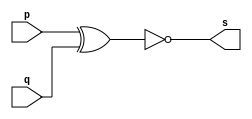
// Exemplo0008 - XNOR
// Nome: Silvino Henrique Santos de Souza
// ------------------------- 
// ------------------------- 
// -- xnor gate 
// ------------------------- 
module xnorgate ( output s, 
input p, q); 
assign s = ~(p ^ q); 
endmodule //x norgate 
// --------------------- 
// -- test xnor gate 
// --------------------- 
module testxnorgate; 
// ------------------------- dados locais 
reg a, b; // definir registradores 
wire s; // definir conexao (fio) 
// ------------------------- instancia 
xnorgate XNOR1 (s, a, b); 
// ------------------------- preparacao 
initial begin:start 
a=0; b=0; 
end 
// ------------------------- parte principal 
initial begin 
$display("Exemplo0008 - Silvino Henrique Santos de Souza - 412773");
$display("Test XNOR gate"); 
$display("\na & b = s\n"); 
a=0; b=0; 
#1 $display("%b & %b = %b", a, b, s); 
a=0; b=1; 
#1 $display("%b & %b = %b", a, b, s); 
a=1; b=0; 
#1 $display("%b & %b = %b", a, b, s); 
a=1; b=1; 
#1 $display("%b & %b = %b", a, b, s); 
end 
endmodule // testxnorgate